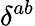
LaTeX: \delta^{ab}